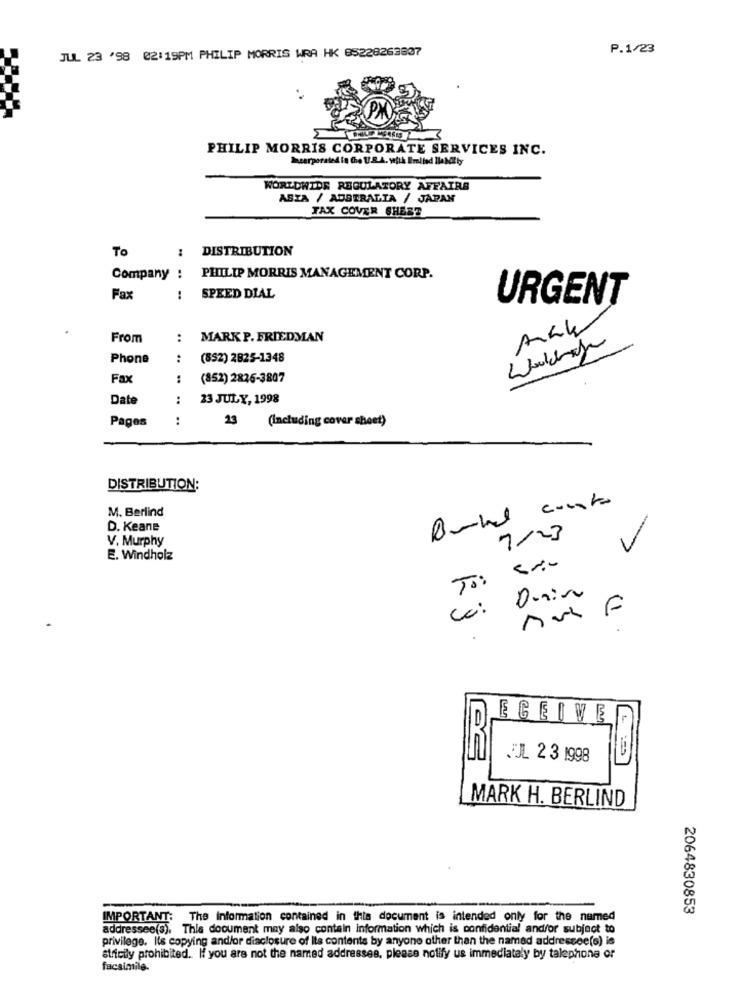
JUL 23 '98 02:19PM PHILIP MORRIS WRA HK 85228263837
P.1/23
PHILIP MORRIS CORPORATE SERVICES INC.
WORLDWIDE REGULATORY AFFAIRS
ASIA / AUSTRALIA / JAPAN
TAX COVER SHEST
To
: DISTRIBUTION
Company
PHILIP MORRIS MANAGEMENT CORP.
Fax
SPEED DIAL
URGENT
From
:
MARK P. FRIEDMAN
Phone
:
(852) 2825-1348
Fax
:
(852) 2826-3807
Date
23 JULY, 1998
Pages
.. ..
23
(Including cover sheet)
DISTRIBUTION:
M. Berlind
D. Keane
7/23
V. Murphy
V
E. Windholz
cc: Duino
F
ECEIVE
JL 2 3 1998
MARK H. BERLIND
2064830853
IMPORTANT: The Information contained in this document is intended only for the named
addressee(s). This document may also contain information which is confidential and/or subject to
privilege. Its copying and/or disclosure of Its contents by anyone other than the named addressee(s) is
strictly prohibited. If you are not the named addresses, please notify us immediately by telephone or
facsimile.